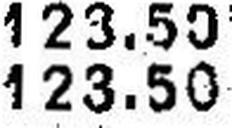
123.50